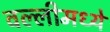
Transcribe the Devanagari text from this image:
वल्लीमध्ये